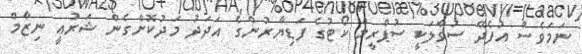
ނަމަވެސް އުފެދޭ ސުވާލަކީ ސުޕްރީމް ކޯޓުގެ ފަޑިޔާރުންގެ އަަދަދު މަދުކޮށްގެން ޝަރުޢީ ނިޒާމް